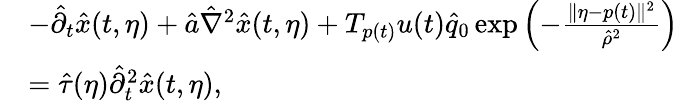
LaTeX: \begin{array}{rl}&{-\hat{\partial}_{t}\hat{x}(t,\eta)+\hat{a}\hat{\nabla}^{2}\hat{x}(t,\eta)+T_{p(t)}u(t)\hat{q}_{0}\exp\left(-\frac{\Vert\eta-p(t)\Vert^{2}}{\hat{\rho}^{2}}\right)}\\ &{=\hat{\tau}(\eta)\hat{\partial}_{t}^{2}\hat{x}(t,\eta),}\end{array}